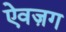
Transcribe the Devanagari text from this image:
ऐवज़ग